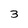
Character: 3